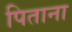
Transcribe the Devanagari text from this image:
पिताना